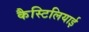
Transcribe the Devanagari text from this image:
कैस्टिलियाई